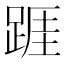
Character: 𨂉